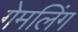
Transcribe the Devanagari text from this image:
गेमलिंग